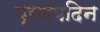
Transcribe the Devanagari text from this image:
प्रणयदिन